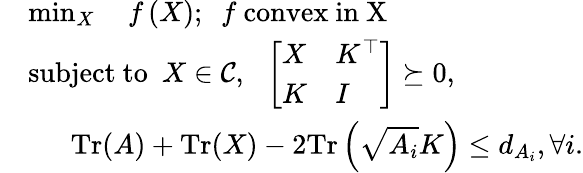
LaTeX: \begin{array}{rl}&{\operatorname*{min}_{X}~~~~f\left(X\right);~~f\mathrm{~convex~in~X~}}\\ &{\mathrm{subject~to~~}X\in\mathcal{C},~~\left[\begin{array}{ll}{X}&{K^{\top}}\\ {K}&{I}\end{array}\right]\succeq 0,}\\ &{~~~~~~\mathrm{Tr}(A)+\mathrm{Tr}(X)-2\mathrm{Tr}\left(\sqrt{A_{i}}K\right)\leq d_{A_{i}},\forall i.}\end{array}